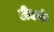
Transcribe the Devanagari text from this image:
टीकर्क